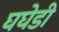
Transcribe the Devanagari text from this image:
घघेडी